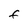
Character: F